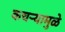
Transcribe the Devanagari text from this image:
कचऱ्यामुळे